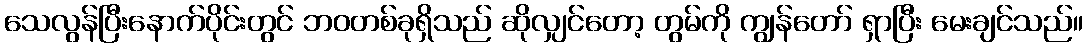
သေလွန်ပြီးနောက်ပိုင်းတွင် ဘဝတစ်ခုရှိသည် ဆိုလျှင်တော့ တွမ်ကို ကျွန်တော် ရှာပြီး မေးချင်သည်။